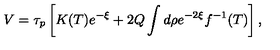
V = \tau _ { p } \left[ K ( T ) e ^ { - \xi } + 2 Q \int d \rho e ^ { - 2 \xi } f ^ { - 1 } ( T ) \right] ,